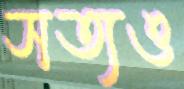
সত্যও